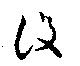
設